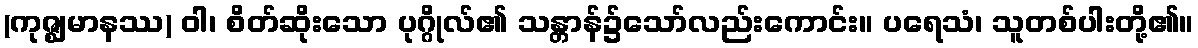
(ကုဇ္ဈမာနဿ) ဝါ၊ စိတ်ဆိုးသော ပုဂ္ဂိုလ်၏ သန္တာန်၌သော်လည်းကောင်း။ ပရေသံ၊ သူတစ်ပါးတို့၏။